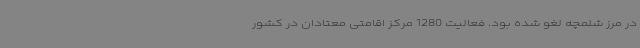
در مرز شلمچه لغو شده بود. فعالیت 1280 مرکز اقامتی معتادان در کشور